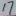
Text: 17